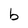
Character: b